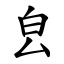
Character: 㿝